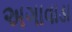
અગાવાડા